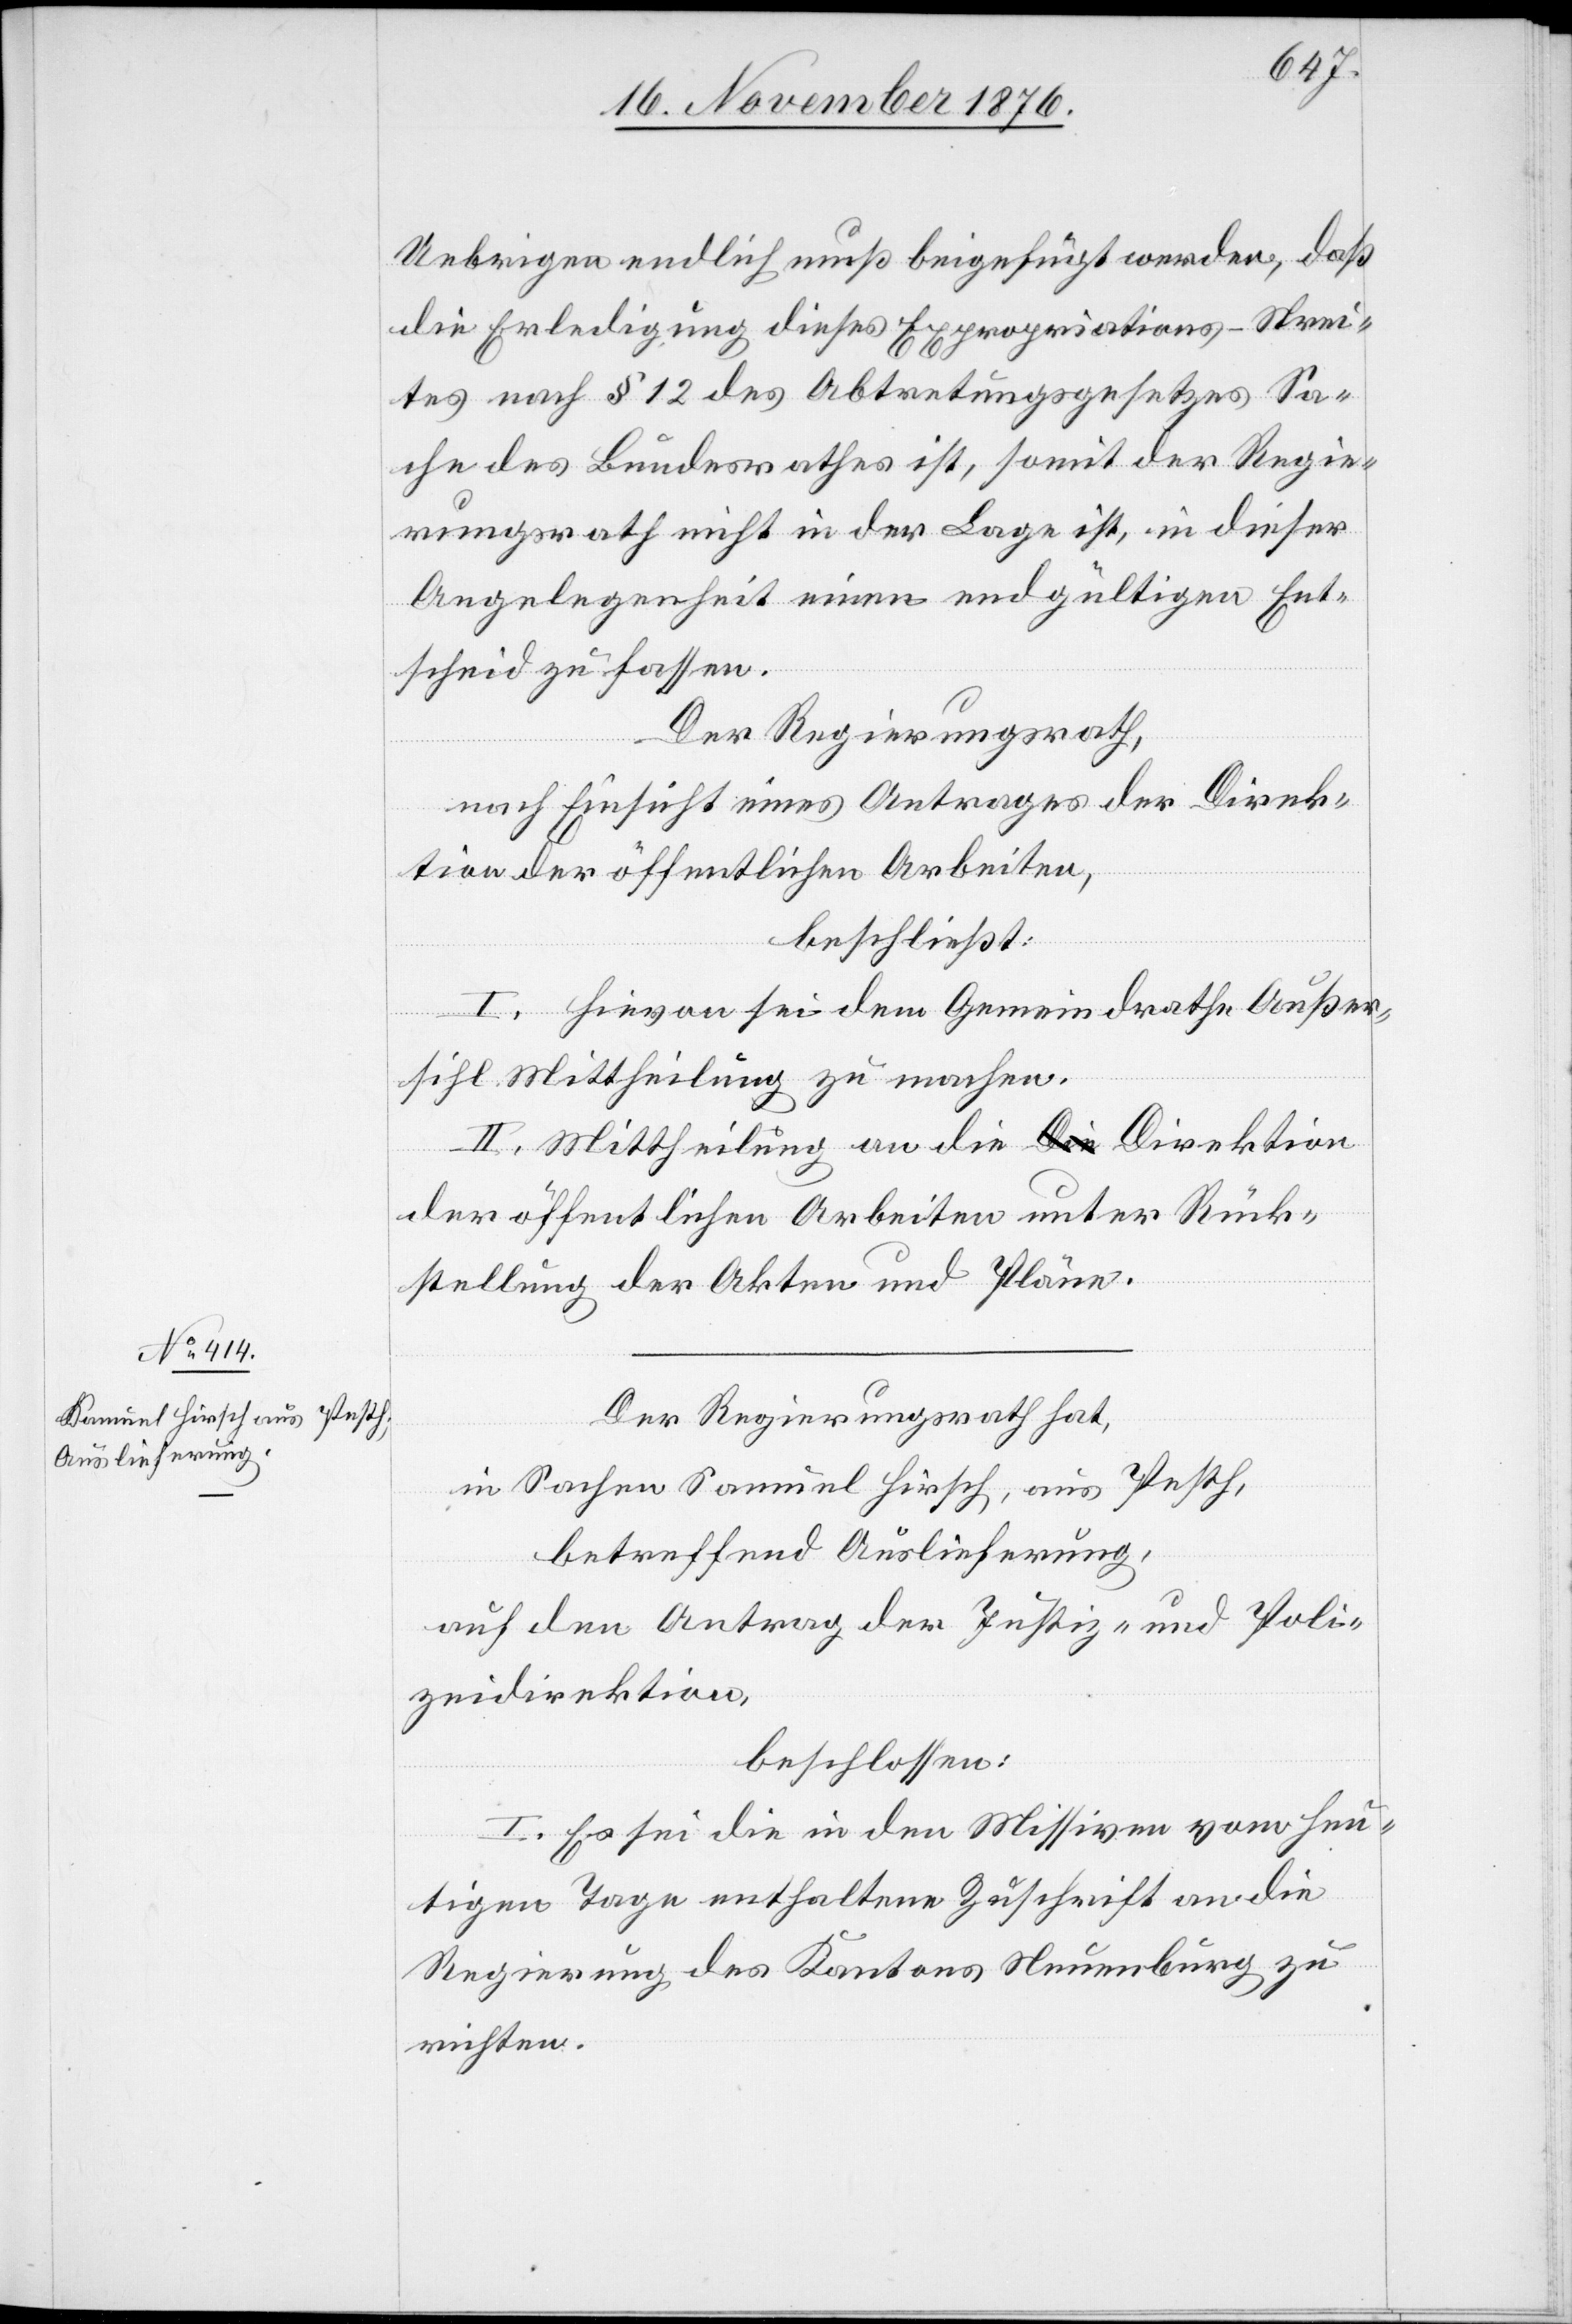
Uebrigen endlich muß beigefügt werden, daß
die Erledigung dieses Expropriations-Strei¬
tes nach § 12 des Abtretungsgesetzes Sa¬
che des Bundesrathes ist, somit der Regie¬
rungsrath nicht in der Lage ist, in dieser
Angelegenheit einen endgültigen Ent¬
scheid zu fassen.
Der Regierungsrath,
nach Einsicht eines Antrages der Direk¬
tion der öffentlichen Arbeiten,
beschließt:
I. Hievon sei dem Gemeindrathe Außer¬
sihl Mittheilung zu machen.
II. Mittheilung an die Direktion
der öffentlichen Arbeiten unter Rück¬
stellung der Akten und Pläne.
Der Regierungsrath hat,
in Sachen Samuel Hirsch, aus Perth,
betreffend Auslieferung,
auf den Antrag der Justiz- und Poli¬
zeidirektion,
beschlossen:
I. Es sei die in den Missiven vom heu¬
tigen Tage enthaltene Zuschrift an die
Regierung des Kantons Neuenburg zu
richten.